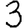
Digit: 3